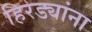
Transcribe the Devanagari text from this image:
हिरड्यांना